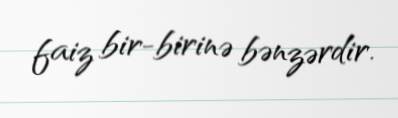
faiz bir-birinə bənzərdir.